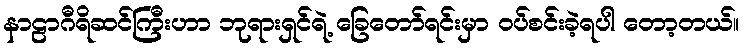
နာဠာဂီရိဆင်ကြီးဟာ ဘုရားရှင်ရဲ့ ခြေတော်ရင်းမှာ ဝပ်စင်းခဲ့ရပါ တော့တယ်။